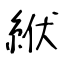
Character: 絥